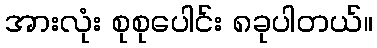
အားလုံး စုစုပေါင်း ၈ခုပါတယ်။